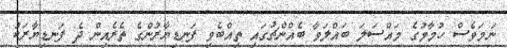
ނަމަވެސް ހުމާމުގެ މައްސަލަ ބައްލަވާ ބެއްންޗުގައި ތިއްބެވި ފަނޑިޔާރުންގެ ތެރެއިން ދެ ފަނޑިޔާރަކު